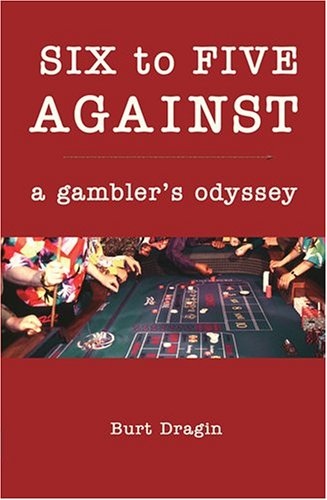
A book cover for Six to Five Against: A Gambler's Odyssey; Burt Dragin; Health, Fitness & Dieting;